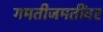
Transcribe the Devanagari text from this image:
गमतीजमतींवर